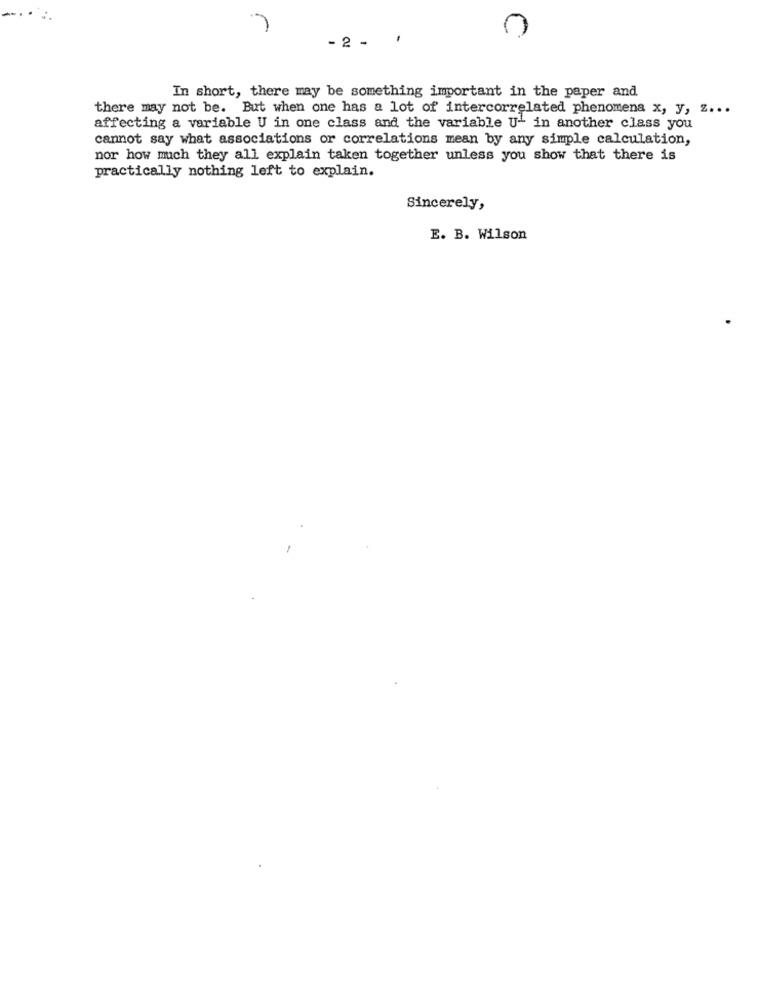
- 2 -
In short, there may be something important in the paper and
there may not be. But when one has a lot of intercorrelated phenomena x, y, z ...
affecting a variable U in one class and the variable U- in another class you
cannot say what associations or correlations mean by any simple calculation,
nor how much they all explain taken together unless you show that there is
practically nothing left to explain.
Sincerely,
E. B. Wilson